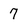
Character: 7